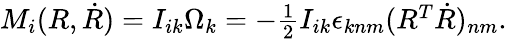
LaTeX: \begin{array}{r}{M_{i}(R,\dot{R})=I_{ik}\Omega_{k}=-\frac 12I_{ik}\epsilon_{knm}(R^{T}\dot{R})_{nm}.}\end{array}